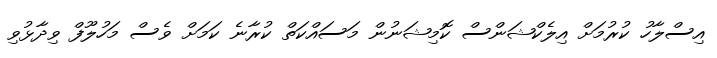
އިސްލާހު ކުރުމަށް އިލެކްޝަންސް ކޮމިޝަނުން މަސައްކަތް ކުރާނެ ކަމަށް ވެސް މަހުލޫފް ވިދާޅުވި